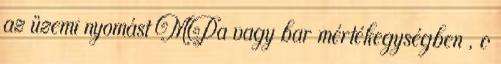
az üzemi nyomást MPa vagy bar mértékegységben , c